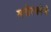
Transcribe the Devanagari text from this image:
मनोरचनेचे